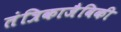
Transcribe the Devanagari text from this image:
तंत्रिकाजैविकी